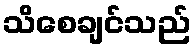
သိစေချင်သည်